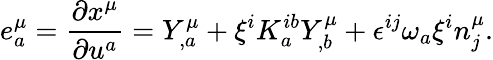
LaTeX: e_{a}^{\mu}=\frac{\partial x^{\mu}}{\partial u^{a}}=Y_{,a}^{\mu}+\xi^{i}K_{a}^{ib}Y_{,b}^{\mu}+\epsilon^{ij}\omega_{a}\xi^{i}n_{j}^{\mu}.